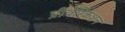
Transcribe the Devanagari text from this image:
प्रीवैरिकेशन